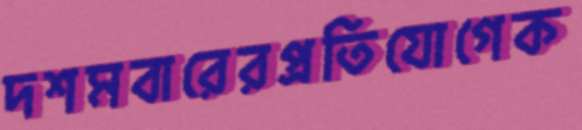
দশমবারেরপ্রতিযোগেক